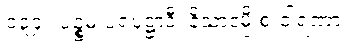
၁၃၄။ ပဉ္စမံ ပရပုဋ္ဌာဒီ၊ နိသာဒမ္ပိ စ ဝါရဏာ။